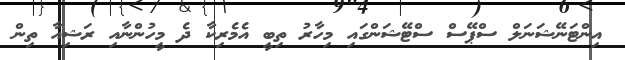
އިންޓަނޭޝަނަލް ސްޕޭސް ސްޓޭޝަންގައި މިހާރު ތިބީ އެމެރިކާ ދެ މީހުންނާއި ރަޝިއާ ތިން